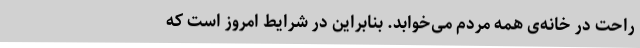
راحت در خانه‌ی همه مردم می‌خوابد. بنابراین در شرایطِ امروز است که